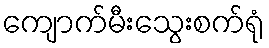
ကျောက်မီးသွေးစက်ရုံ